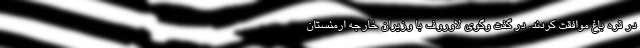
در قره باغ موافقت کردند. در گفت وگوی لاوروف با وزیران خارجه ارمنستان